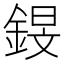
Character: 𰼸